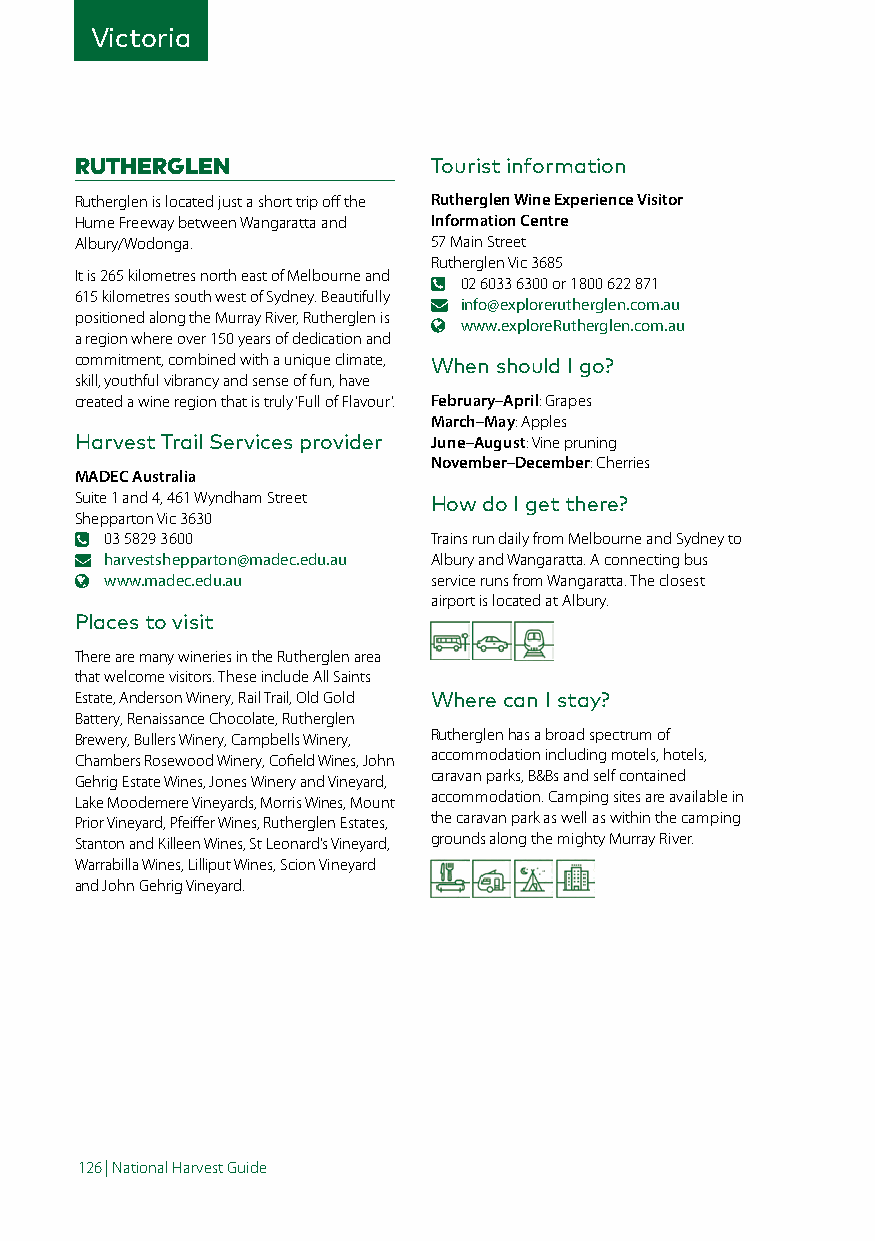
Victoria
 RUTHERGLEN             Tourist information
 Rutherglen is located just a short trip off the Rutherglen Wine Experience Visitor
 Hume Freeway between Wangaratta and Information Centre
 Albury/Wodonga.        57 Main Street
 Rutherglen Vic 3685
 It is 265 kilometres north east of Melbourne and
 02 6033 6300 or 1800 622 871
 615 kilometres south west of Sydney. Beautifully
 info@explorerutherglen.com.au
 positioned along the Murray River, Rutherglen is
 www.exploreRutherglen.com.au
 a region where over 150 years of dedication and
 commitment, combined with a unique climate, When should I go?
 skill, youthful vibrancy and sense of fun, have
 created a wine region that is truly ‘Full of Flavour’. February–April: Grapes
 March–May: Apples
 Harvest Trail Services provider June–August: Vine pruning
 November–December: Cherries
 MADEC Australia
 Suite 1 and 4, 461 Wyndham Street How do I get there?
 Shepparton Vic 3630
 03 5829 3600         Trains run daily from Melbourne and Sydney to
 harvestshepparton@madec.edu.au Albury and Wangaratta. A connecting bus
 www.madec.edu.au     service runs from Wangaratta. The closest
 airport is located at Albury.
 Places to visit
 There are many wineries in the Rutherglen area
 that welcome visitors. These include All Saints
 Estate, Anderson Winery, Rail Trail, Old Gold Where can I stay?
 Battery, Renaissance Chocolate, Rutherglen
 Brewery, Bullers Winery, Campbells Winery, Rutherglen has a broad spectrum of
 Chambers Rosewood Winery, Cofield Wines, John accommodation including motels, hotels,
 Gehrig Estate Wines, Jones Winery and Vineyard, caravan parks, B&Bs and self contained
 Lake Moodemere Vineyards, Morris Wines, Mount accommodation. Camping sites are available in
 Prior Vineyard, Pfeiffer Wines, Rutherglen Estates, the caravan park as well as within the camping
 Stanton and Killeen Wines, St Leonard’s Vineyard, grounds along the mighty Murray River.
 Warrabilla Wines, Lilliput Wines, Scion Vineyard
 and John Gehrig Vineyard.
 126 | National Harvest Guide